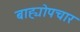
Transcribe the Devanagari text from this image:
बाह्योपचार